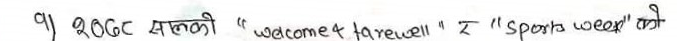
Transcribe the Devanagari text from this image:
१) २००८ सलुकी “welcome” & “farewell” र “Sports Wear” को